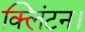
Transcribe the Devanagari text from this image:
क्लिंटन।